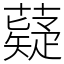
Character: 薿